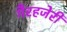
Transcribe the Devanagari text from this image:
गैरहजेरी